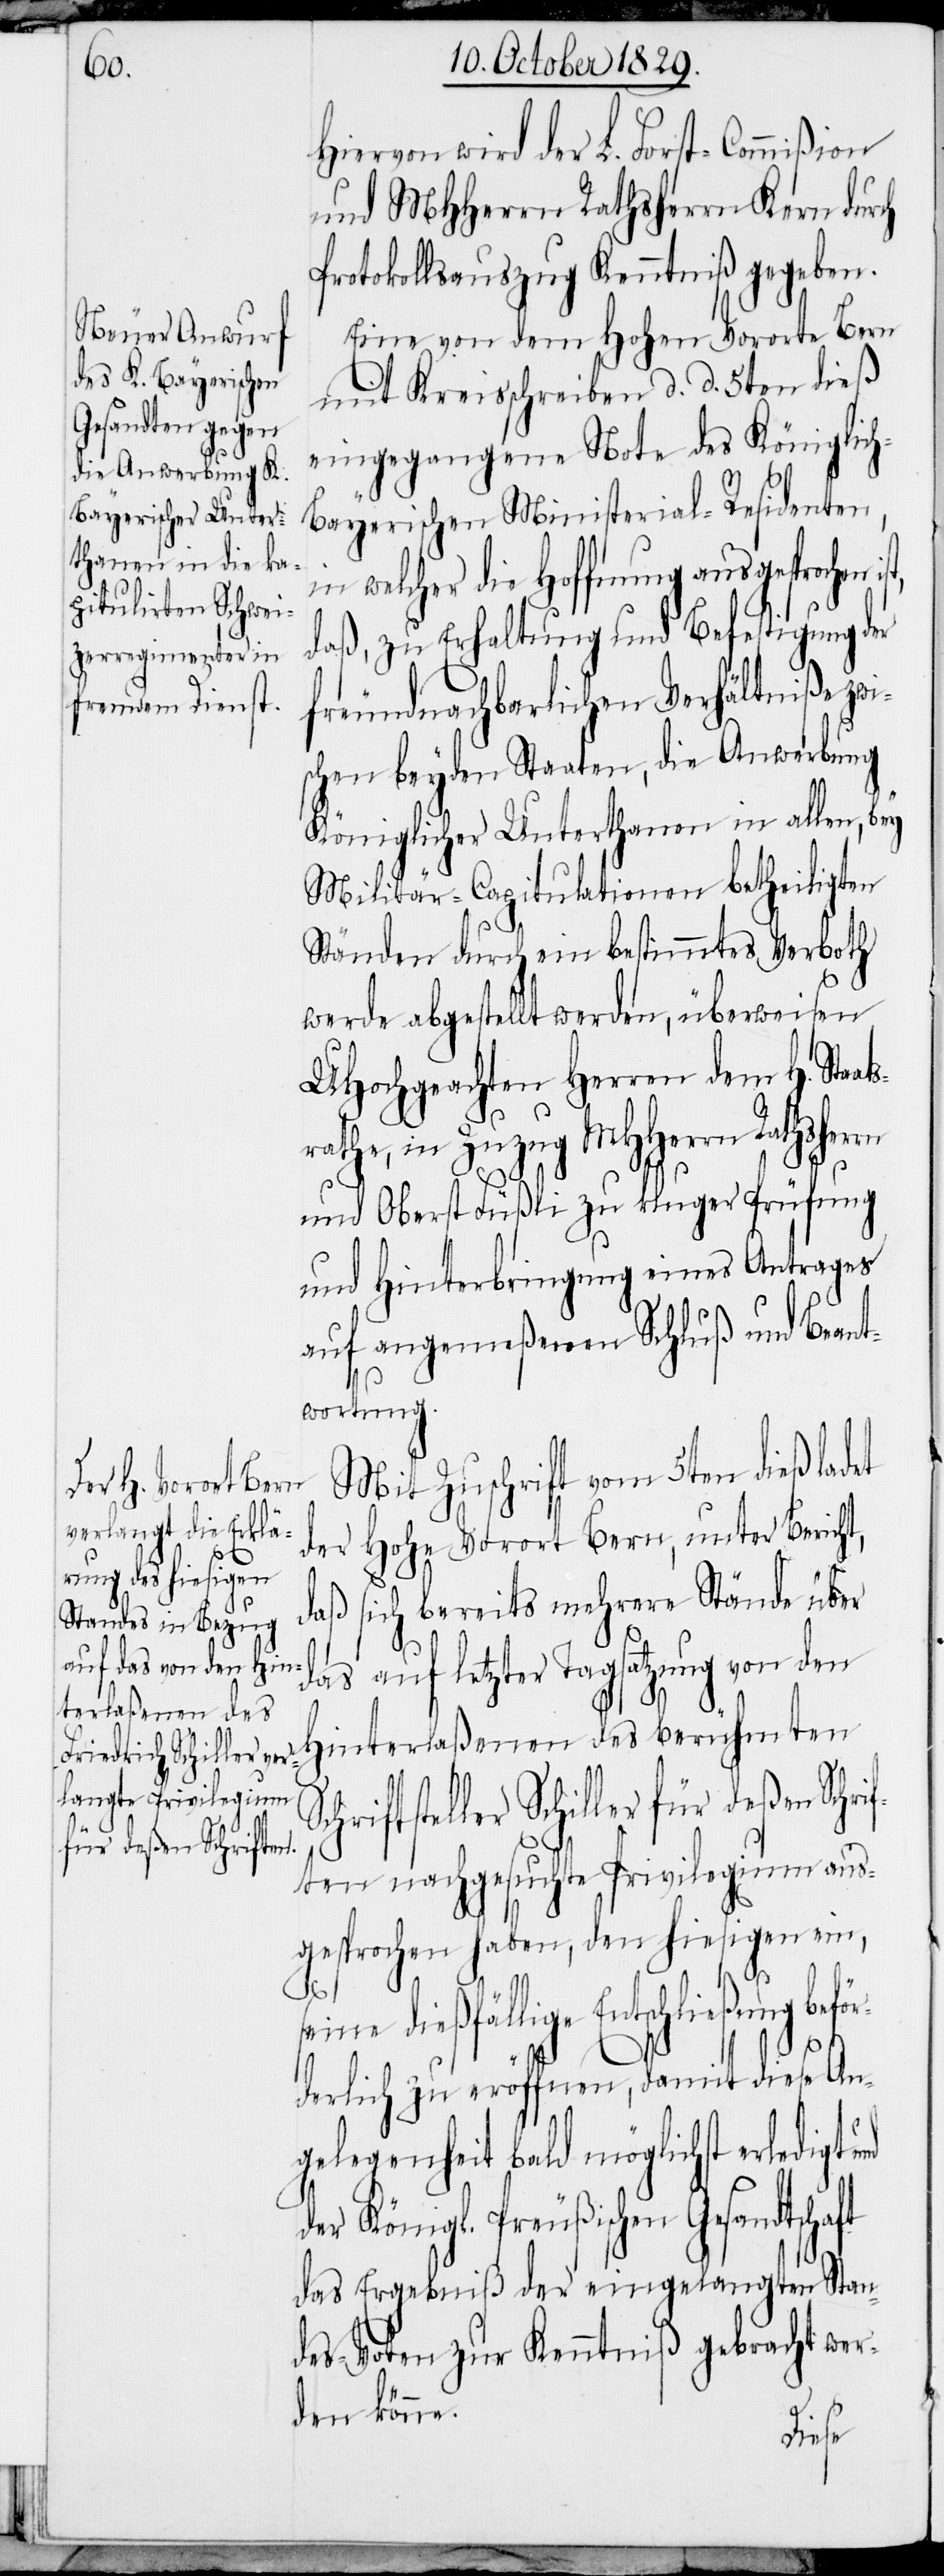
ller
für deßen Schrif¬

Hiervon wird der L. Forst-Commißion
und MHHerrn Rathsherrn Kern durch
Protokollsauszug Kenntniß gegeben.
Eine von dem Hohen Vororte Bern
mit Kreisschreiben d. d. 5ten dieß
eingegangene Note des Königlic¬
ayerischen Ministerial-Residenten,
in welcher die Hoffnung ausgesprochen
daß, zu Erhaltung und Befestigung der
freundnachbarlichen Verhältniße zwi¬
schen beyden Staaten, die Anwerbung
Königlicher Unterhanen in allen, bey
Militär-Capitulationen betheiligten
Ständen durch ein bestimmtes Verboth
werde abgestellt werden, überweisen
UHochgeachten Herren dem H. Sta¬
rathe, in Zuzug MHHerrn Rathshe¬
und Oberst Füßli zu kluger Prüfung
und Hinterbringung eines Antrages
auf angemeßenen Schluß und Beant¬
wortung.
Mit Zuschrift vom 5ten dieß ladet
der hohe Vorort Bern, unter Bericht,
daß sich bereits mehrere Stände über
das auf letzter Tagsatzung von den
Hinterlaßenen des berühmten
Schriftsteller Schi¬
ten nachgesuchte Privilegium aus¬
gesprochen haben, den hiesigen ein,
Entschließung beför¬
derlich zu eröffnen, damit diese An¬
gelegenheit bald möglichst erledigt
der Königl. Preußischen Gesandtschaft
das Ergebniß der eingelangten Stan¬
des-Voten zur Kenntniß gebracht wer¬
den könne.